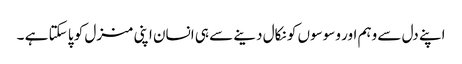
اپنے دل سے وہم اور وسوسوں کو نکال دینے سے ہی انسان اپنی منزل کو پا سکتا ہے ۔